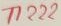
Text: T1222